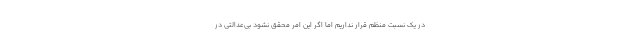
در یک نسبت منظم قرار نداریم اما اگر این امر محقق نشود بی‌عدالتی در